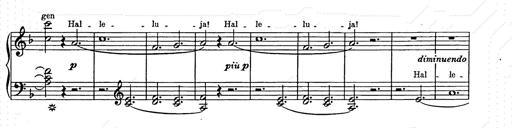
Title: Weihnachtsbaum
Composer: Franz Liszt